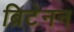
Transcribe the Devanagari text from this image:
ब्रिटेनन